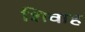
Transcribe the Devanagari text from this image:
शिवाह